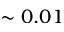
\sim 0 . 0 1